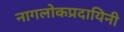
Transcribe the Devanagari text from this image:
नागलोकप्रदायिनी